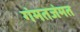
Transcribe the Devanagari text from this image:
गंमतजंमत